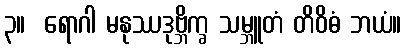
၃။  ရောဂါ မနုဿဒုဗ္ဘိက္ခ သမ္ဘူတံ တိဝိဓံ ဘယံ။